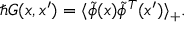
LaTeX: \hbar G ( x , x ^ { \prime } ) = \langle \tilde { \phi } ( x ) \tilde { \phi } ^ { T } ( x ^ { \prime } ) \rangle _ { + } .